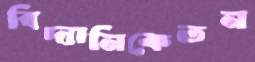
বিদ্যানিকেতন